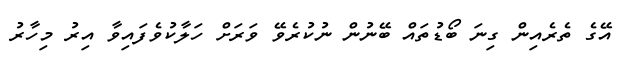
އޭގެ ތެރެއިން ގިނަ ބޯޑުތައް ބޭނުން ނުކުރެވޭ ވަރަށް ހަލާކުވެފައިވާ އިރު މިހާރު